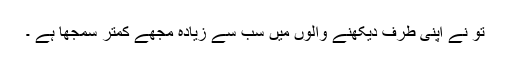
تُو نے اپنی طرف دیکھنے والوں میں سب سے زیادہ مجھے کمتر سمجھا ہے ۔